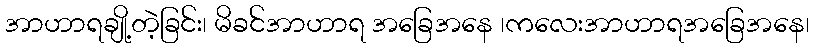
အာဟာရချို့တဲ့ခြင်း၊ မိခင်အာဟာရ အခြေအနေ ၊ကလေးအာဟာရအခြေအနေ၊